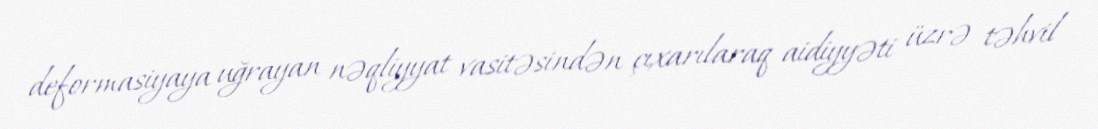
deformasiyaya uğrayan nəqliyyat vasitəsindən çıxarılaraq aidiyyəti üzrə təhvil